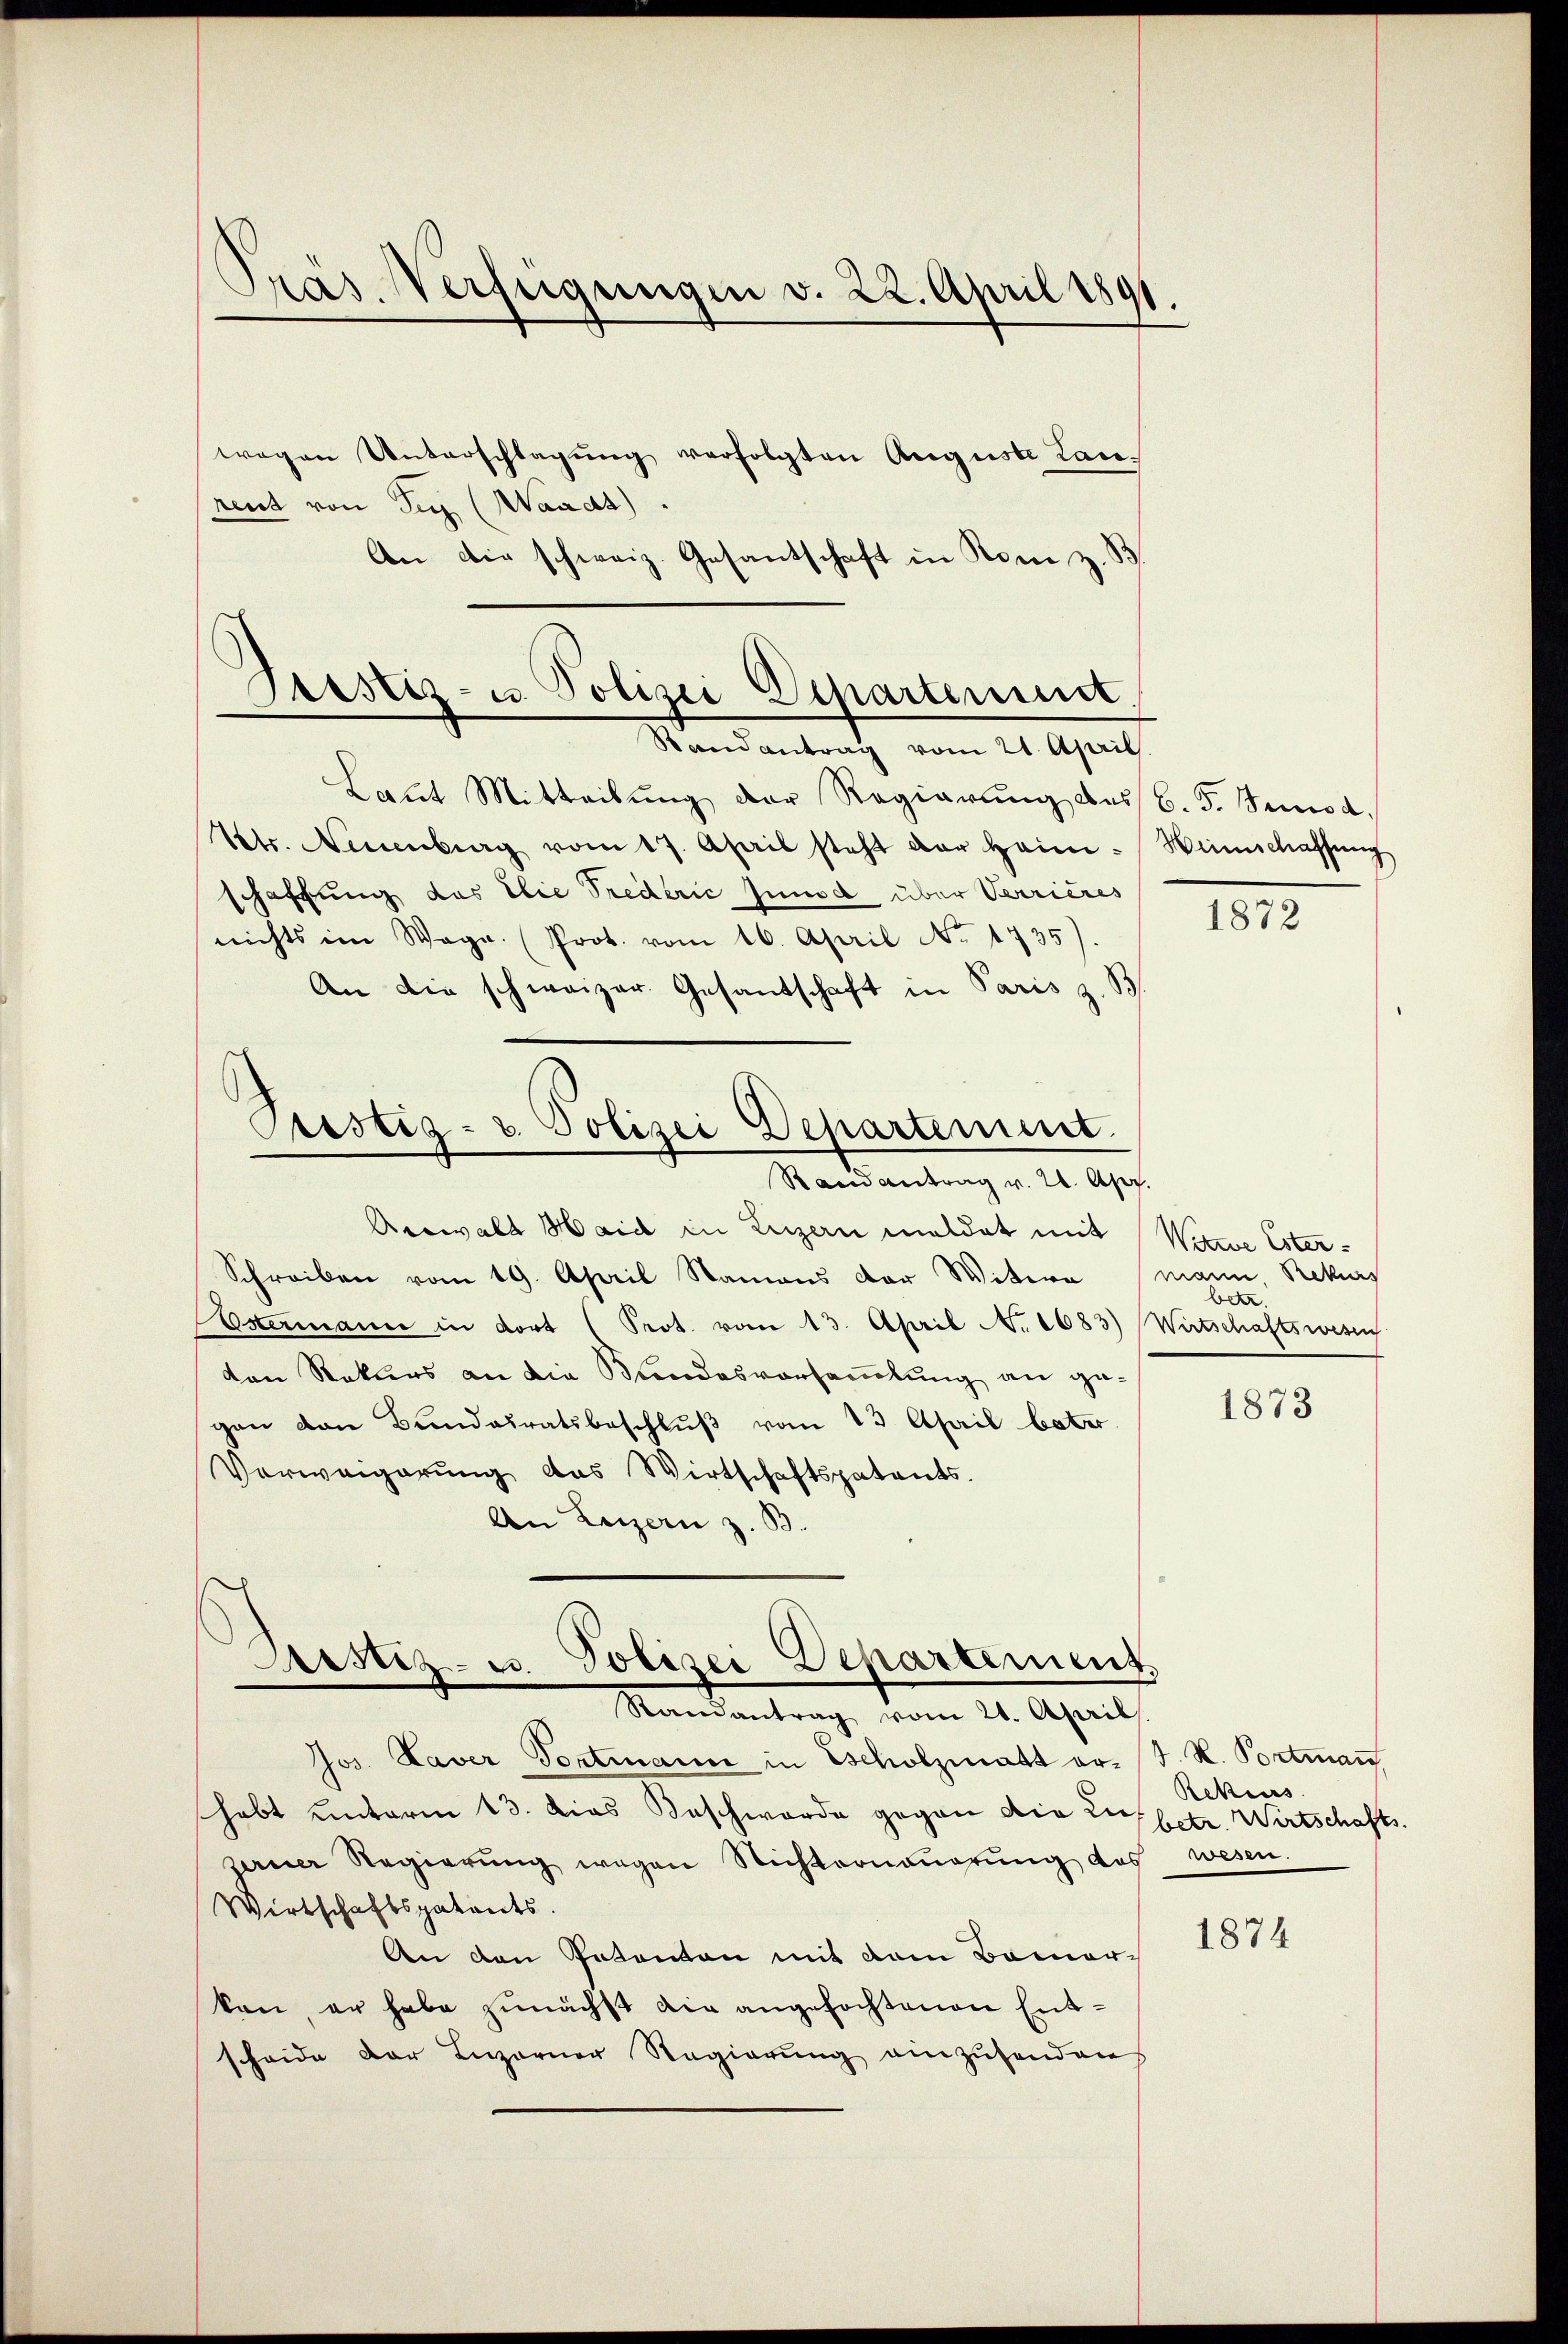
Präs. Verfügungen v. 22. April 1891.

wegen Unterschlagung verfolgten Auguste Lanrent von Seg (Waadt).
An die schweiz. Gesantschaft in Rom z. B

Grestiz- u. Polizei Departement
Randantrag vom 21. April

Pestig- u. Polizei Departement.
Rand antrag v. 20. Apr.

Laut Mitteilung der Regierung des
Vetr. Neuenburg vom 17. April steht der Heim-
schaffung des Die Trederić und über Verrieres
nichts im Wege. (Prot. vom 16. April No. 1735).
An die schweizer Gesandschaft in Paris z. B.
Reewalt Haid in Luzern meldet mit
Schreiben vom 19. April Namens der Witwe mann, Rekurs
Ostermanne in dort (Prot. vom 13. April N. 1683)
den Rekurs an die Kindesversammlung an gegen von Bundesratsbeschluß vom 13. April beter
Vorweigerung das Wirtschaftspatents.
An Luzern z. B.

Justiz- u. Polizei Departement,

Randantrag vom 21. April
Jos. Laver Portmann in Escholzmatt er. (T. K. Portman
habt unterm 13. dies Beschworde gegen die 27 betr. Wirtschafts-
zerner Regierŭng wegen Nichterneŭerŭng des
Wirtschaftspatents.
An den Petenten mit dem Bauer-
kan, er habe zunächst die angefochtenen Entscheide der Luzerner Regierŭng einzŭsenden

b. F. Beisa
Heimschaffung

1872

Werne Ester-
betr.
Wirtschaftswesen

1873

Rekurs
wesen.

1874